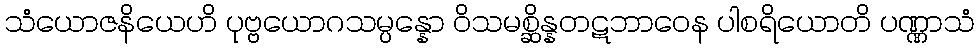
သံယောဇနိယေဟိ ပုဗ္ဗယောဂသမ္ပန္နော ဝိသမစ္ဆိန္နတဋဘာဝေန ပါစရိယောတိ ပဏ္ဏာသံ